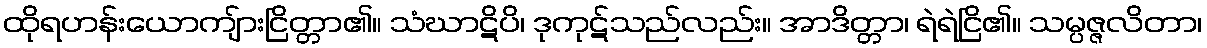
ထိုရဟန်းယောကျ်ားငြိတ္တာ၏။ သံဃာဋိပိ၊ ဒုကုဋ်သည်လည်း။ အာဒိတ္တာ၊ ရဲရဲငြိ၏။ သမ္ပဇ္ဇလိတာ၊